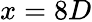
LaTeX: x=8D